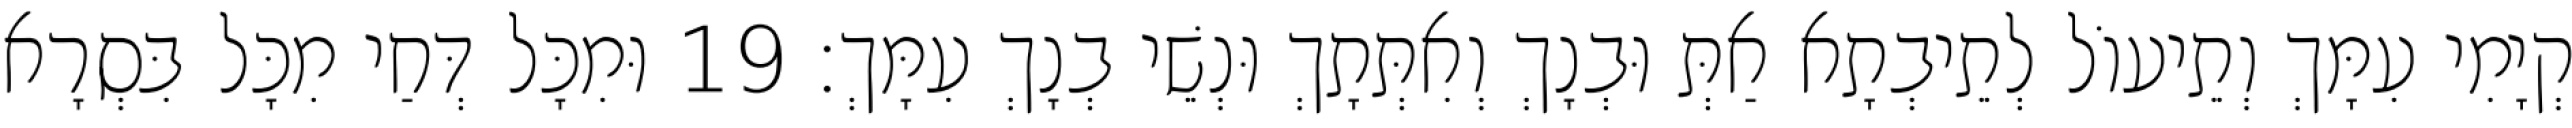
קְיָמִי עִמָּךְ וְתֵיעוֹל לְתֵיבְתָא אַתְּ וּבְנָךְ וְאִתְּתָךְ וּנְשֵׁי בְנָךְ עִמָּךְ׃ 19 וּמִכָּל דְּחַי מִכָּל בִּסְרָא